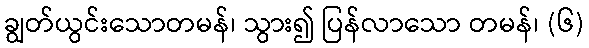
ချွတ်ယွင်းသောတမန်၊ သွား၍ ပြန်လာသော တမန်၊ (၆)